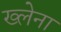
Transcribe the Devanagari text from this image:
ख्लेना